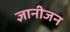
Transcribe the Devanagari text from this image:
ज्ञानीजन